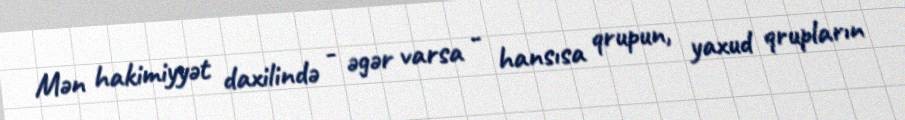
Mən hakimiyyət daxilində - əgər varsa - hansısa qrupun, yaxud qrupların